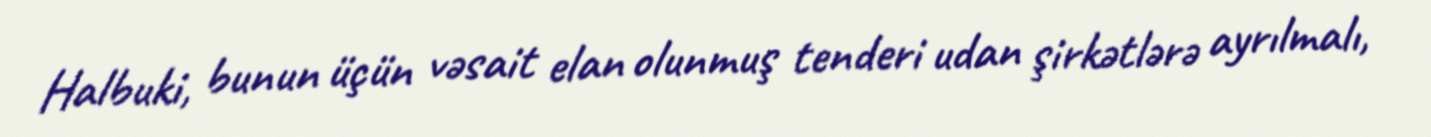
Halbuki, bunun üçün vəsait elan olunmuş tenderi udan şirkətlərə ayrılmalı,